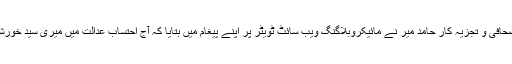
اس حوالے سے سینئیر صحافی و تجزیہ کار حامد میر نے مائیکروبلاگنگ ویب سائٹ ٹویٹر پر اپنے پیغام میں بتایا کہ آج احتساب عدالت میں میری سید خورشید شاہ سے ملاقات ہوئی۔